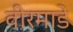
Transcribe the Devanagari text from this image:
वीरमाडे